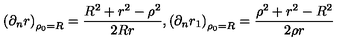
\left( \partial _ { n } r \right) _ { \rho _ { 0 } = R } = { \frac { R ^ { 2 } + r ^ { 2 } - \rho ^ { 2 } } { 2 R r } } , \left( \partial _ { n } r _ { 1 } \right) _ { \rho _ { 0 } = R } = { \frac { \rho ^ { 2 } + r ^ { 2 } - R ^ { 2 } } { 2 \rho r } }